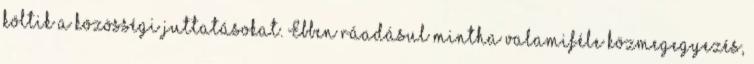
költik a közösségi juttatásokat. Ebben ráadásul mintha valamiféle közmegegyezés,